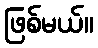
ဖြစ်မယ်။